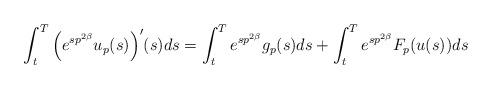
LaTeX: \begin{align*}\int_t^T \Big( e^{sp^{2\beta }}u_p(s) \Big)'(s)ds= \int_t^T e^{sp^{2\beta }} g_p(s)ds+ \int_t^T e^{sp^{2\beta }} F_p(u(s))ds\end{align*}